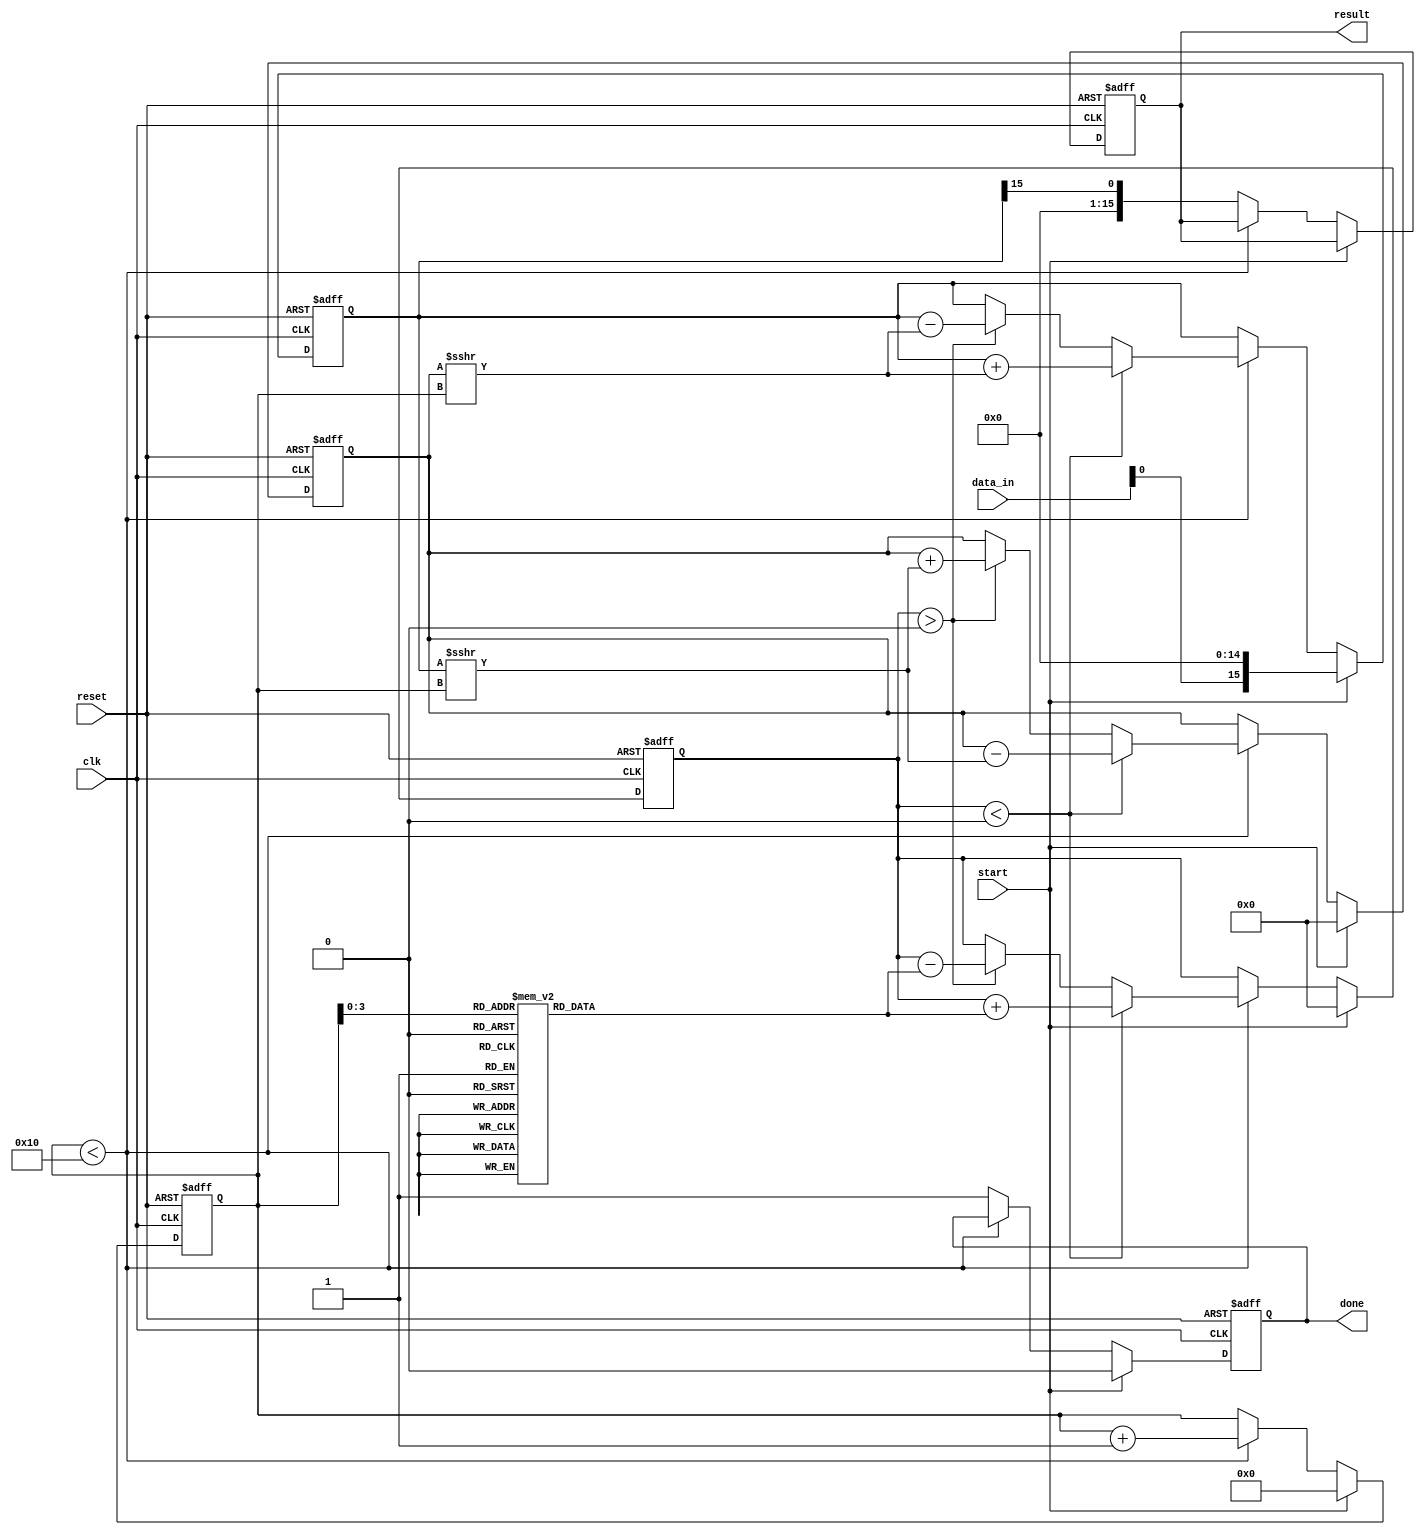
module CORDIC_SQRT #(parameter WIDTH = 16, ITERATIONS = 16)(
    input clk,
    input reset,
    input start,
    input [WIDTH-1:0] data_in,
    output reg [WIDTH-1:0] result,
    output reg done
);

    // Internal registers
    reg [WIDTH-1:0] x, y, z;
    reg [4:0] iteration_counter;
    reg [WIDTH-1:0] angle_table[0:ITERATIONS-1];

    // Initialize angle table for CORDIC (arctan(2^-i) in fixed-point)
    initial begin
        angle_table[0] = 16'h2000; // atan(1) = 0.7854 (in fixed-point)
        angle_table[1] = 16'h12C4; // atan(0.5) = 0.4636
        angle_table[2] = 16'h0A5E; // atan(0.25) = 0.2449
        angle_table[3] = 16'h0523; // atan(0.125) = 0.1244
        // Continue filling in the angle table for the number of iterations
        // ...
        angle_table[15] = 16'h0000; // Last angle (adjust as required)
    end

    // State machine for controlling iterations
    always @(posedge clk or posedge reset) begin
        if (reset) begin
            x <= 0;
            y <= 0;
            z <= 0;
            iteration_counter <= 0;
            done <= 0;
            result <= 0;
        end else if (start) begin
            x <= data_in << (WIDTH - 1); // Initialize X with input shifted
            y <= 0;                       // Initialize Y to 0
            z <= 0;                       // Initialize Z to 0
            iteration_counter <= 0;       // Reset iteration counter
            done <= 0;                    // Clear done flag
        end else if (iteration_counter < ITERATIONS) begin
            if (z < 0) begin // Counterclockwise rotation
                x <= x + (y >>> iteration_counter);
                y <= y - (x >>> iteration_counter);
                z <= z + angle_table[iteration_counter];
            end else if (z > 0) begin // Clockwise rotation
                x <= x - (y >>> iteration_counter);
                y <= y + (x >>> iteration_counter);
                z <= z - angle_table[iteration_counter];
            end
            iteration_counter <= iteration_counter + 1;
        end else begin
            done <= 1;
            result <= x >>> (WIDTH - 1); // Final result (X shifted down)
        end
    end

endmodule